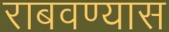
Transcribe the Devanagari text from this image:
राबवण्यास